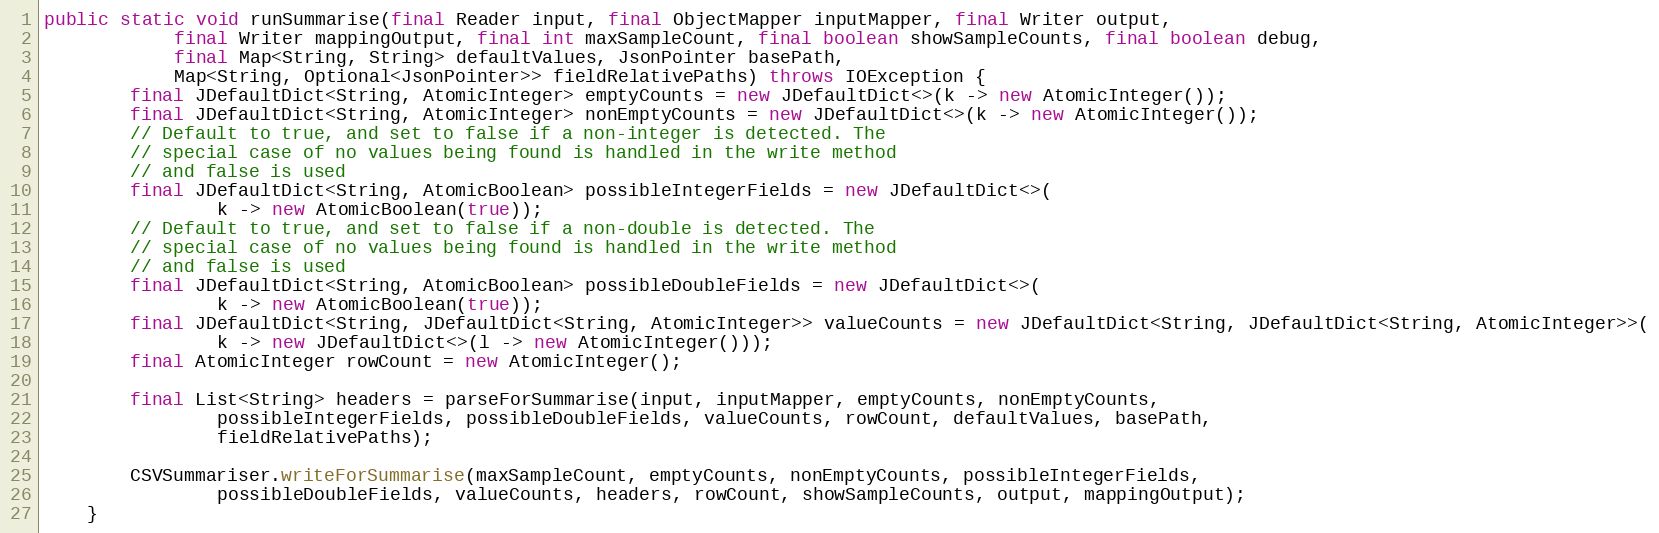
Language: Java
public static void runSummarise(final Reader input, final ObjectMapper inputMapper, final Writer output,
			final Writer mappingOutput, final int maxSampleCount, final boolean showSampleCounts, final boolean debug,
			final Map<String, String> defaultValues, JsonPointer basePath,
			Map<String, Optional<JsonPointer>> fieldRelativePaths) throws IOException {
		final JDefaultDict<String, AtomicInteger> emptyCounts = new JDefaultDict<>(k -> new AtomicInteger());
		final JDefaultDict<String, AtomicInteger> nonEmptyCounts = new JDefaultDict<>(k -> new AtomicInteger());
		// Default to true, and set to false if a non-integer is detected. The
		// special case of no values being found is handled in the write method
		// and false is used
		final JDefaultDict<String, AtomicBoolean> possibleIntegerFields = new JDefaultDict<>(
				k -> new AtomicBoolean(true));
		// Default to true, and set to false if a non-double is detected. The
		// special case of no values being found is handled in the write method
		// and false is used
		final JDefaultDict<String, AtomicBoolean> possibleDoubleFields = new JDefaultDict<>(
				k -> new AtomicBoolean(true));
		final JDefaultDict<String, JDefaultDict<String, AtomicInteger>> valueCounts = new JDefaultDict<String, JDefaultDict<String, AtomicInteger>>(
				k -> new JDefaultDict<>(l -> new AtomicInteger()));
		final AtomicInteger rowCount = new AtomicInteger();

		final List<String> headers = parseForSummarise(input, inputMapper, emptyCounts, nonEmptyCounts,
				possibleIntegerFields, possibleDoubleFields, valueCounts, rowCount, defaultValues, basePath,
				fieldRelativePaths);

		CSVSummariser.writeForSummarise(maxSampleCount, emptyCounts, nonEmptyCounts, possibleIntegerFields,
				possibleDoubleFields, valueCounts, headers, rowCount, showSampleCounts, output, mappingOutput);
	}